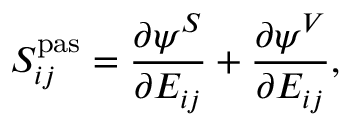
S _ { i j } ^ { \mathrm { { p a s } } } = \frac { \partial \psi ^ { S } } { \partial E _ { i j } } + \frac { \partial \psi ^ { V } } { \partial E _ { i j } } ,